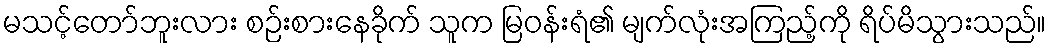
မသင့်တော်ဘူးလား စဉ်းစားနေခိုက် သူက မြဝန်းရံ၏ မျက်လုံးအကြည့်ကို ရိပ်မိသွားသည်။